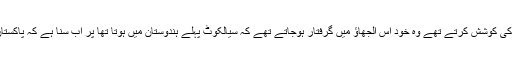
جو بتانے کی کوشش کرتے تھے وہ خود اس اُلجھاؤ میں گرفتار ہوجاتے تھے کہ سیالکوٹ پہلے ہندوستان میں ہوتا تھا پر اب سُنا ہے کہ پاکستان میں ہے۔